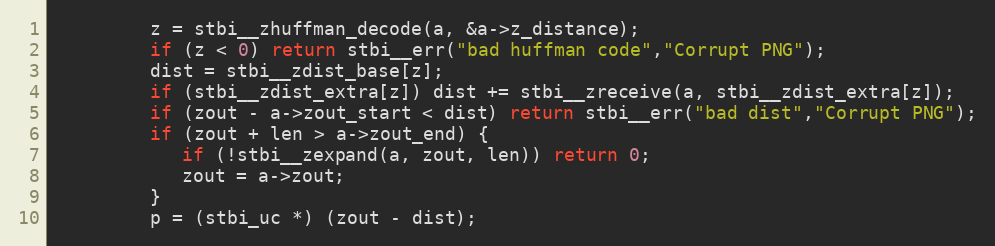
Language: C
         z = stbi__zhuffman_decode(a, &a->z_distance);
         if (z < 0) return stbi__err("bad huffman code","Corrupt PNG");
         dist = stbi__zdist_base[z];
         if (stbi__zdist_extra[z]) dist += stbi__zreceive(a, stbi__zdist_extra[z]);
         if (zout - a->zout_start < dist) return stbi__err("bad dist","Corrupt PNG");
         if (zout + len > a->zout_end) {
            if (!stbi__zexpand(a, zout, len)) return 0;
            zout = a->zout;
         }
         p = (stbi_uc *) (zout - dist);